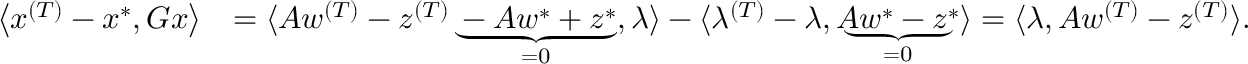
\begin{array} { r l } { \big \langle x ^ { ( T ) } - x ^ { * } , G x \big \rangle } & { = \langle A w ^ { ( T ) } - z ^ { ( T ) } \underbrace { - A w ^ { * } + z ^ { * } } _ { = 0 } , \lambda \rangle - \langle \lambda ^ { ( T ) } - \lambda , \underbrace { A w ^ { * } - z ^ { * } } _ { = 0 } \rangle = \langle \lambda , A w ^ { ( T ) } - z ^ { ( T ) } \rangle . } \end{array}